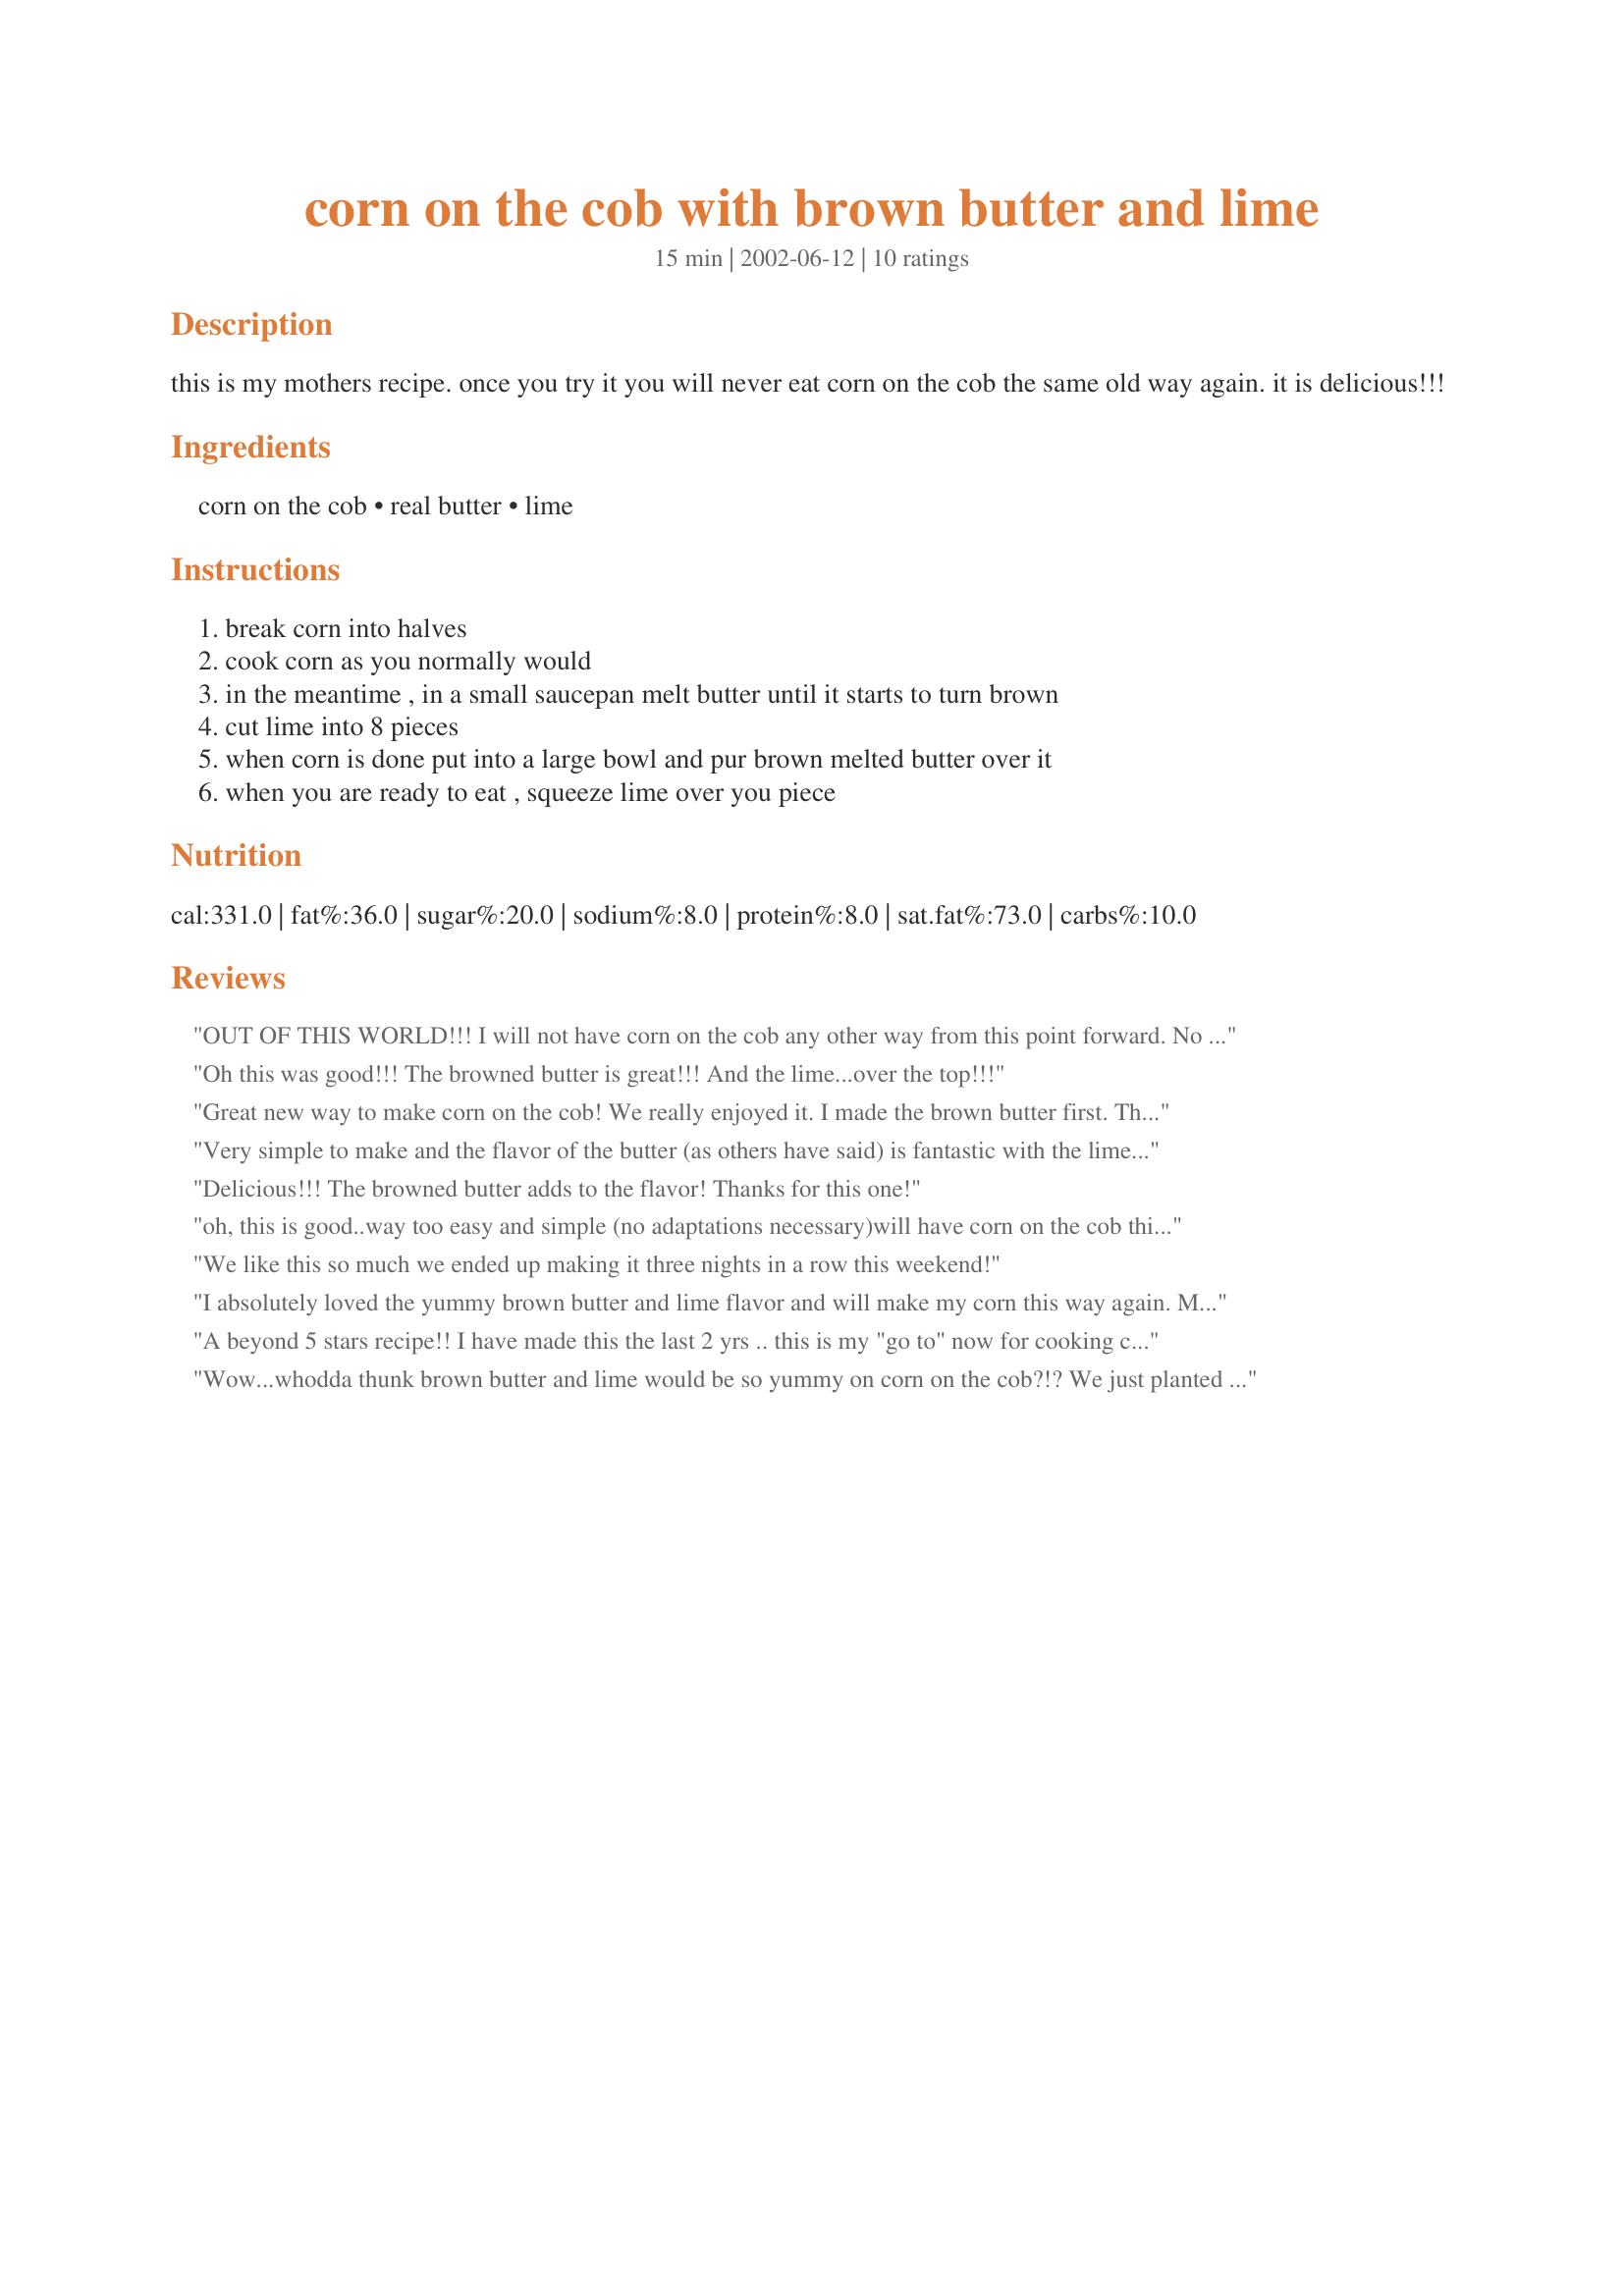
corn on the cob with brown butter and lime
Preparation time: 15 minutes

this is my mothers recipe. once you try it you will never eat corn on the cob the same old way again. it is delicious!!!

Ingredients:
corn on the cob, real butter, lime

Steps:
break corn into halves, cook corn as you normally would, in the meantime , in a small saucepan melt butter until it starts to turn brown, cut lime into 8 pieces, when corn is done put into a large bowl and pur brown melted butter over it, when you are ready to eat , squeeze lime over you piece

Reviews:
OUT OF THIS WORLD!!! I will not have corn on the cob any other way from this point forward. No really. I'm not joking. This cannot get any simpler or any better. Thank you so much MomOnTheGo, for sharing!!!! I have to go buy some more corn on the cob now...
Oh this was good!!! The browned butter is great!!! And the lime...over the top!!!
Great new way to make corn on the cob! We really enjoyed it. I made the brown butter first. Then put the uncooked cobs in their own foil and poured the butter evenly over each, covering it completely. Then I squeezed the lime juice over it, turned to coat. Then I wrapped the corn up tightly and baked for 30 minutes at 375. Thanks!
Very simple to make and the flavor of the butter (as others have said) is fantastic with the lime. Thanks!
Delicious!!! The browned butter adds to the flavor! Thanks for this one!
oh, this is good..way too easy and simple (no adaptations necessary)will have corn on the cob this way again and again..very satisfying flavour, it's the lime that does it..
We like this so much we ended up making it three nights in a row this weekend!
I absolutely loved the yummy brown butter and lime flavor and will make my corn this way again. My sweetheart didn't love it quite as much, but it's easy enough to just make mine this fabulous.
A beyond 5 stars recipe!! I have made this the last 2 yrs .. this is my "go to" now for cooking corn on the cob.. what a wonderful combination.. big hit in this house! thanks for posting this recipe!!
Wow...whodda thunk brown butter and lime would be so yummy on corn on the cob?!? We just planted a lime tree and now will have another use for the limes, besides margaritas!Unfortunately, fresh corn was not available at the store so had to use frozen cobs and it was still delicious! I can't wait to try this on fresh corn.
